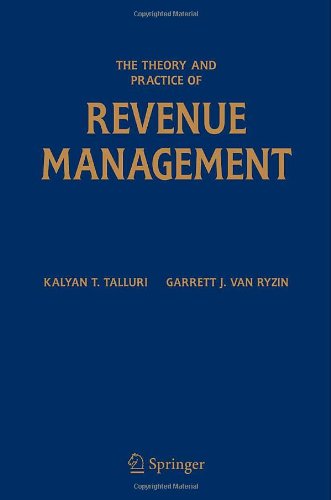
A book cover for The Theory and Practice of Revenue Management (International Series in Operations Research & Management Science); Kalyan T. Talluri; Business & Money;